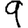
Digit: 9